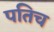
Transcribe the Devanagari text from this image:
पतिच